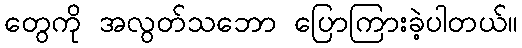
တွေကို အလွတ်သဘော ပြောကြားခဲ့ပါတယ်။